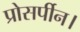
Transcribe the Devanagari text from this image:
प्रोसर्पीन।